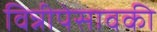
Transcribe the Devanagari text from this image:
विन्नीपेसावकी